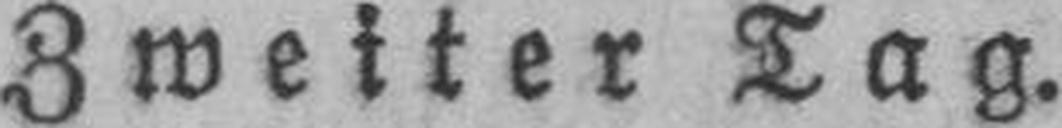
Zweiter Tag.